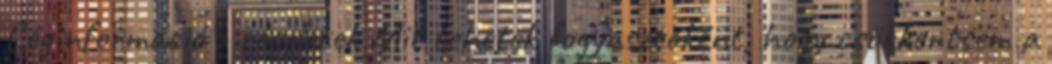
Céginformáció - részletek Mit tehetek fogyasztóként, hogy csökkentsem a